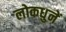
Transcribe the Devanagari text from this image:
लोकधुनें